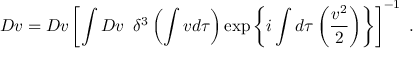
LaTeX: { \cal D } v = D v \left[ \int D v \; \; \delta ^ { 3 } \left( \int v d \tau \right) \exp \left\{ i \int d \tau \left( \frac { v ^ { 2 } } 2 \right) \right\} \right] ^ { - 1 } \; .